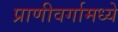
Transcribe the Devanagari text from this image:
प्राणीवर्गामध्ये